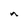
Character: n